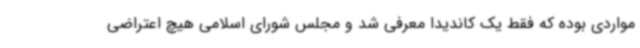
مواردی بوده که فقط یک کاندیدا معرفی شد و مجلس شورای اسلامی هیچ اعتراضی